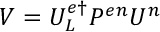
{ V } _ { \l } = { { \cal U } } _ { L } ^ { e \dagger } P ^ { e n } { \cal U } _ { \l } ^ { n }